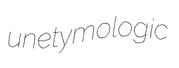
unetymologic